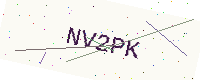
Text: NV2PK